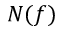
N ( f )